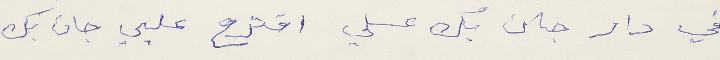
في دار جان بك عسلي اقترح عليي جان بك